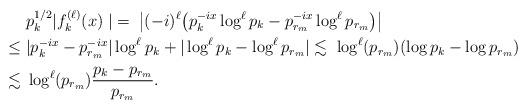
LaTeX: \begin{align*}&\; p_k^{1/2}|f^{(\ell)}_k(x)\;|=\; \big| (-i)^\ell\big( p_k^{-ix}\log^{\ell}p_k-p_{r_m}^{-ix}\log^{\ell}p_{r_m}\big)\big|\\\leq&\; |p_k^{-ix}-p_{r_m}^{-ix}|\log^{\ell}p_k+ |\log^{\ell}p_k -\log^{\ell}p_{r_m}|\lesssim \; \log^{\ell}(p_{r_m})(\log p_k-\log p_{r_m})\\\lesssim &\; \log^{\ell}(p_{r_m})\frac{p_k-p_{r_m}}{p_{r_m}}.\end{align*}